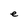
Character: e